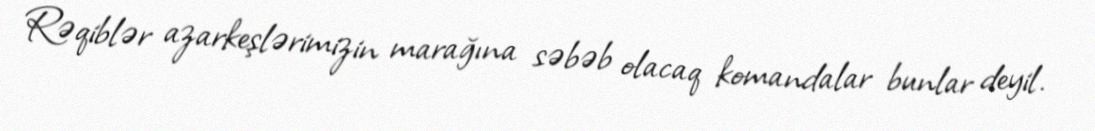
Rəqiblər azarkeşlərimizin marağına səbəb olacaq komandalar bunlar deyil.